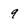
Character: 9